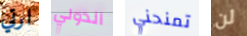
ارتي الدولي تمنحني لن